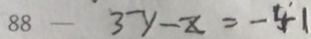
8 8 - 3 y - z = - 4 1